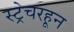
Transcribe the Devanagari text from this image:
स्ट्रेचरहून